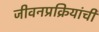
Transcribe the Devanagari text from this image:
जीवनप्रक्रियांची